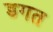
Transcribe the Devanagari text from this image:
डगत